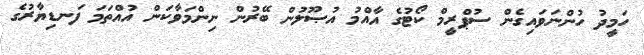
ހަމީދު ހުންނަވައިގެން ސުޕްރީމް ކޯޓުގެ އާއްމު އުޞޫލުން ބޭރުން ނިންމަވާކަން އުއްތަމަ ފަނޑިޔާރުގެ